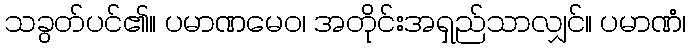
သခွတ်ပင်၏။ ပမာဏမေဝ၊ အတိုင်းအရှည်သာလျှင်။ ပမာဏံ၊